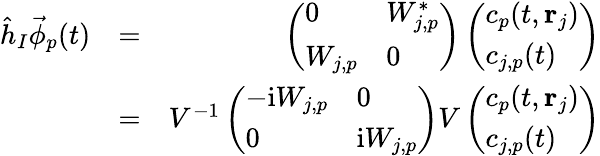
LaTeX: \begin{array}{rlr}{\hat{h}_{I}\vec{\phi}_{p}(t)}&{=}&{\left(\begin{array}{ll}{0}&{W_{j,p}^{*}}\\ {W_{j,p}}&{0}\end{array}\right)\left(\begin{array}{l}{c_{p}(t,{\mathbf r}_{j})}\\ {c_{j,p}(t)}\end{array}\right)}\\ &{=}&{V^{-1}\left(\begin{array}{ll}{-\mathrm{i}W_{j,p}}&{0}\\ {0}&{\mathrm{i}W_{j,p}}\end{array}\right)V\left(\begin{array}{l}{c_{p}(t,{\mathbf r}_{j})}\\ {c_{j,p}(t)}\end{array}\right)}\end{array}